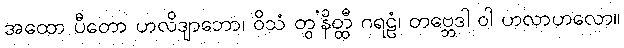
အထော ပီတော ဟလိဒျာဘော၊ ဝိသံ တွ’နိတ္ထီ ဂရဠံ၊ တဗ္ဘေဒါ ဝါ ဟလာဟလော။